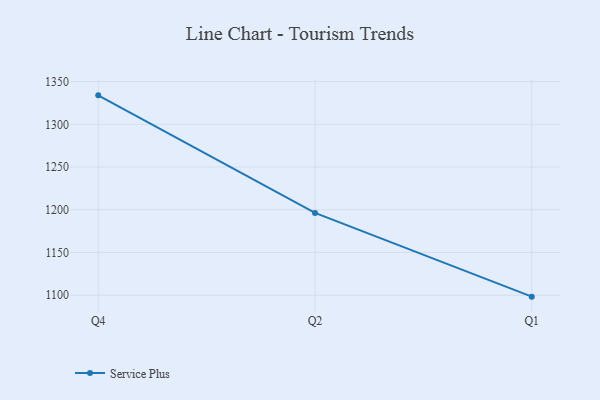
{"axis": {"x": "Quarter", "y": "Population (Million)"}, "legend": ["Service Plus"], "data": [{"x": "Q4", "y": 1333.9, "type": "Service Plus"}, {"x": "Q2", "y": 1196.3, "type": "Service Plus"}, {"x": "Q1", "y": 1098.3, "type": "Service Plus"}]}